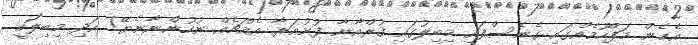
އެހެން މަފްހޫމެއްގައި ގެނެސްފައި މިބިލުގައި ޤުރްއާނާ ފުށުއަރާ އެއްޗެއް ނުހުންނާނެޔޭ! އަދި މިބިލަކީ